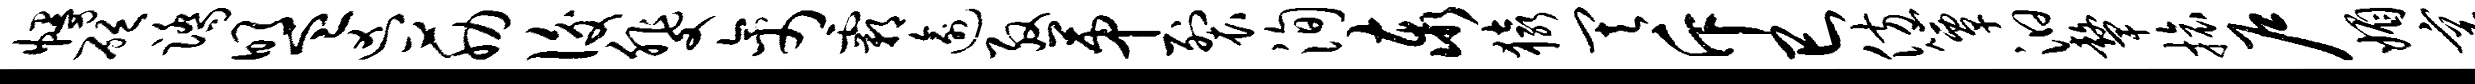
幔砭踏盟凶筋后斐禽霸逾殷第裂洵泰猿其斥巳仿簟汩鼙旅户媚享